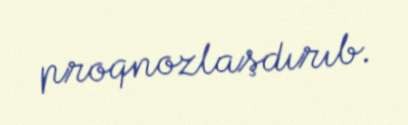
proqnozlaşdırıb.